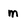
Character: m